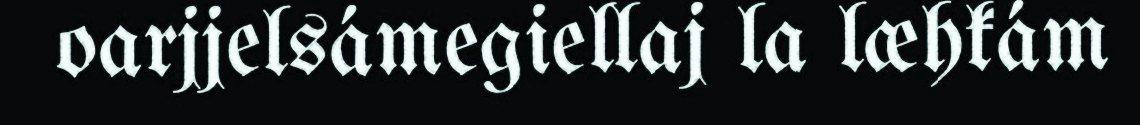
oarjjelsámegiellaj la læhkám